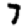
Digit: 7